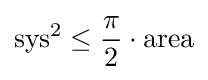
\mathrm {sys} ^{2}\leq {\frac {\pi }{2}}\cdot \mathrm {area}